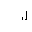
Letter: _lam